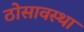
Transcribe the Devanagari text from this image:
ठोसावस्था